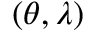
( \theta , \lambda )